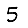
Digit: 5